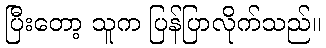
ပြီးတော့ သူက ပြန်ပြာလိုက်သည်။